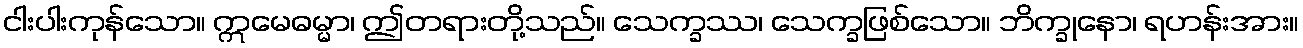
ငါးပါးကုန်သော။ ဣမေဓမ္မာ၊ ဤတရားတို့သည်။ သေက္ခဿ၊ သေက္ခဖြစ်သော။ ဘိက္ခုနော၊ ရဟန်းအား။